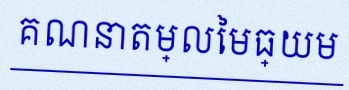
គណនាតម្លៃមធ្យម